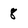
Character: 8